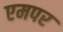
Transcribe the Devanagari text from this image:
एमपर